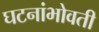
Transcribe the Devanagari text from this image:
घटनांभोवती